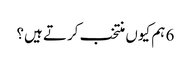
6 ہم کیوں منتخب کرتے ہیں؟